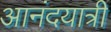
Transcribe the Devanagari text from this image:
आनंदयात्री